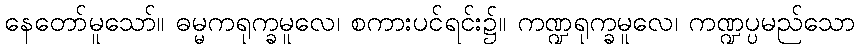
နေတော်မူသော်။ ဓမ္မကရုက္ခမူလေ၊ စကားပင်ရင်း၌။ ကဏ္ဍရုက္ခမူလေ၊ ကဏ္ဍပ္ပမည်သော